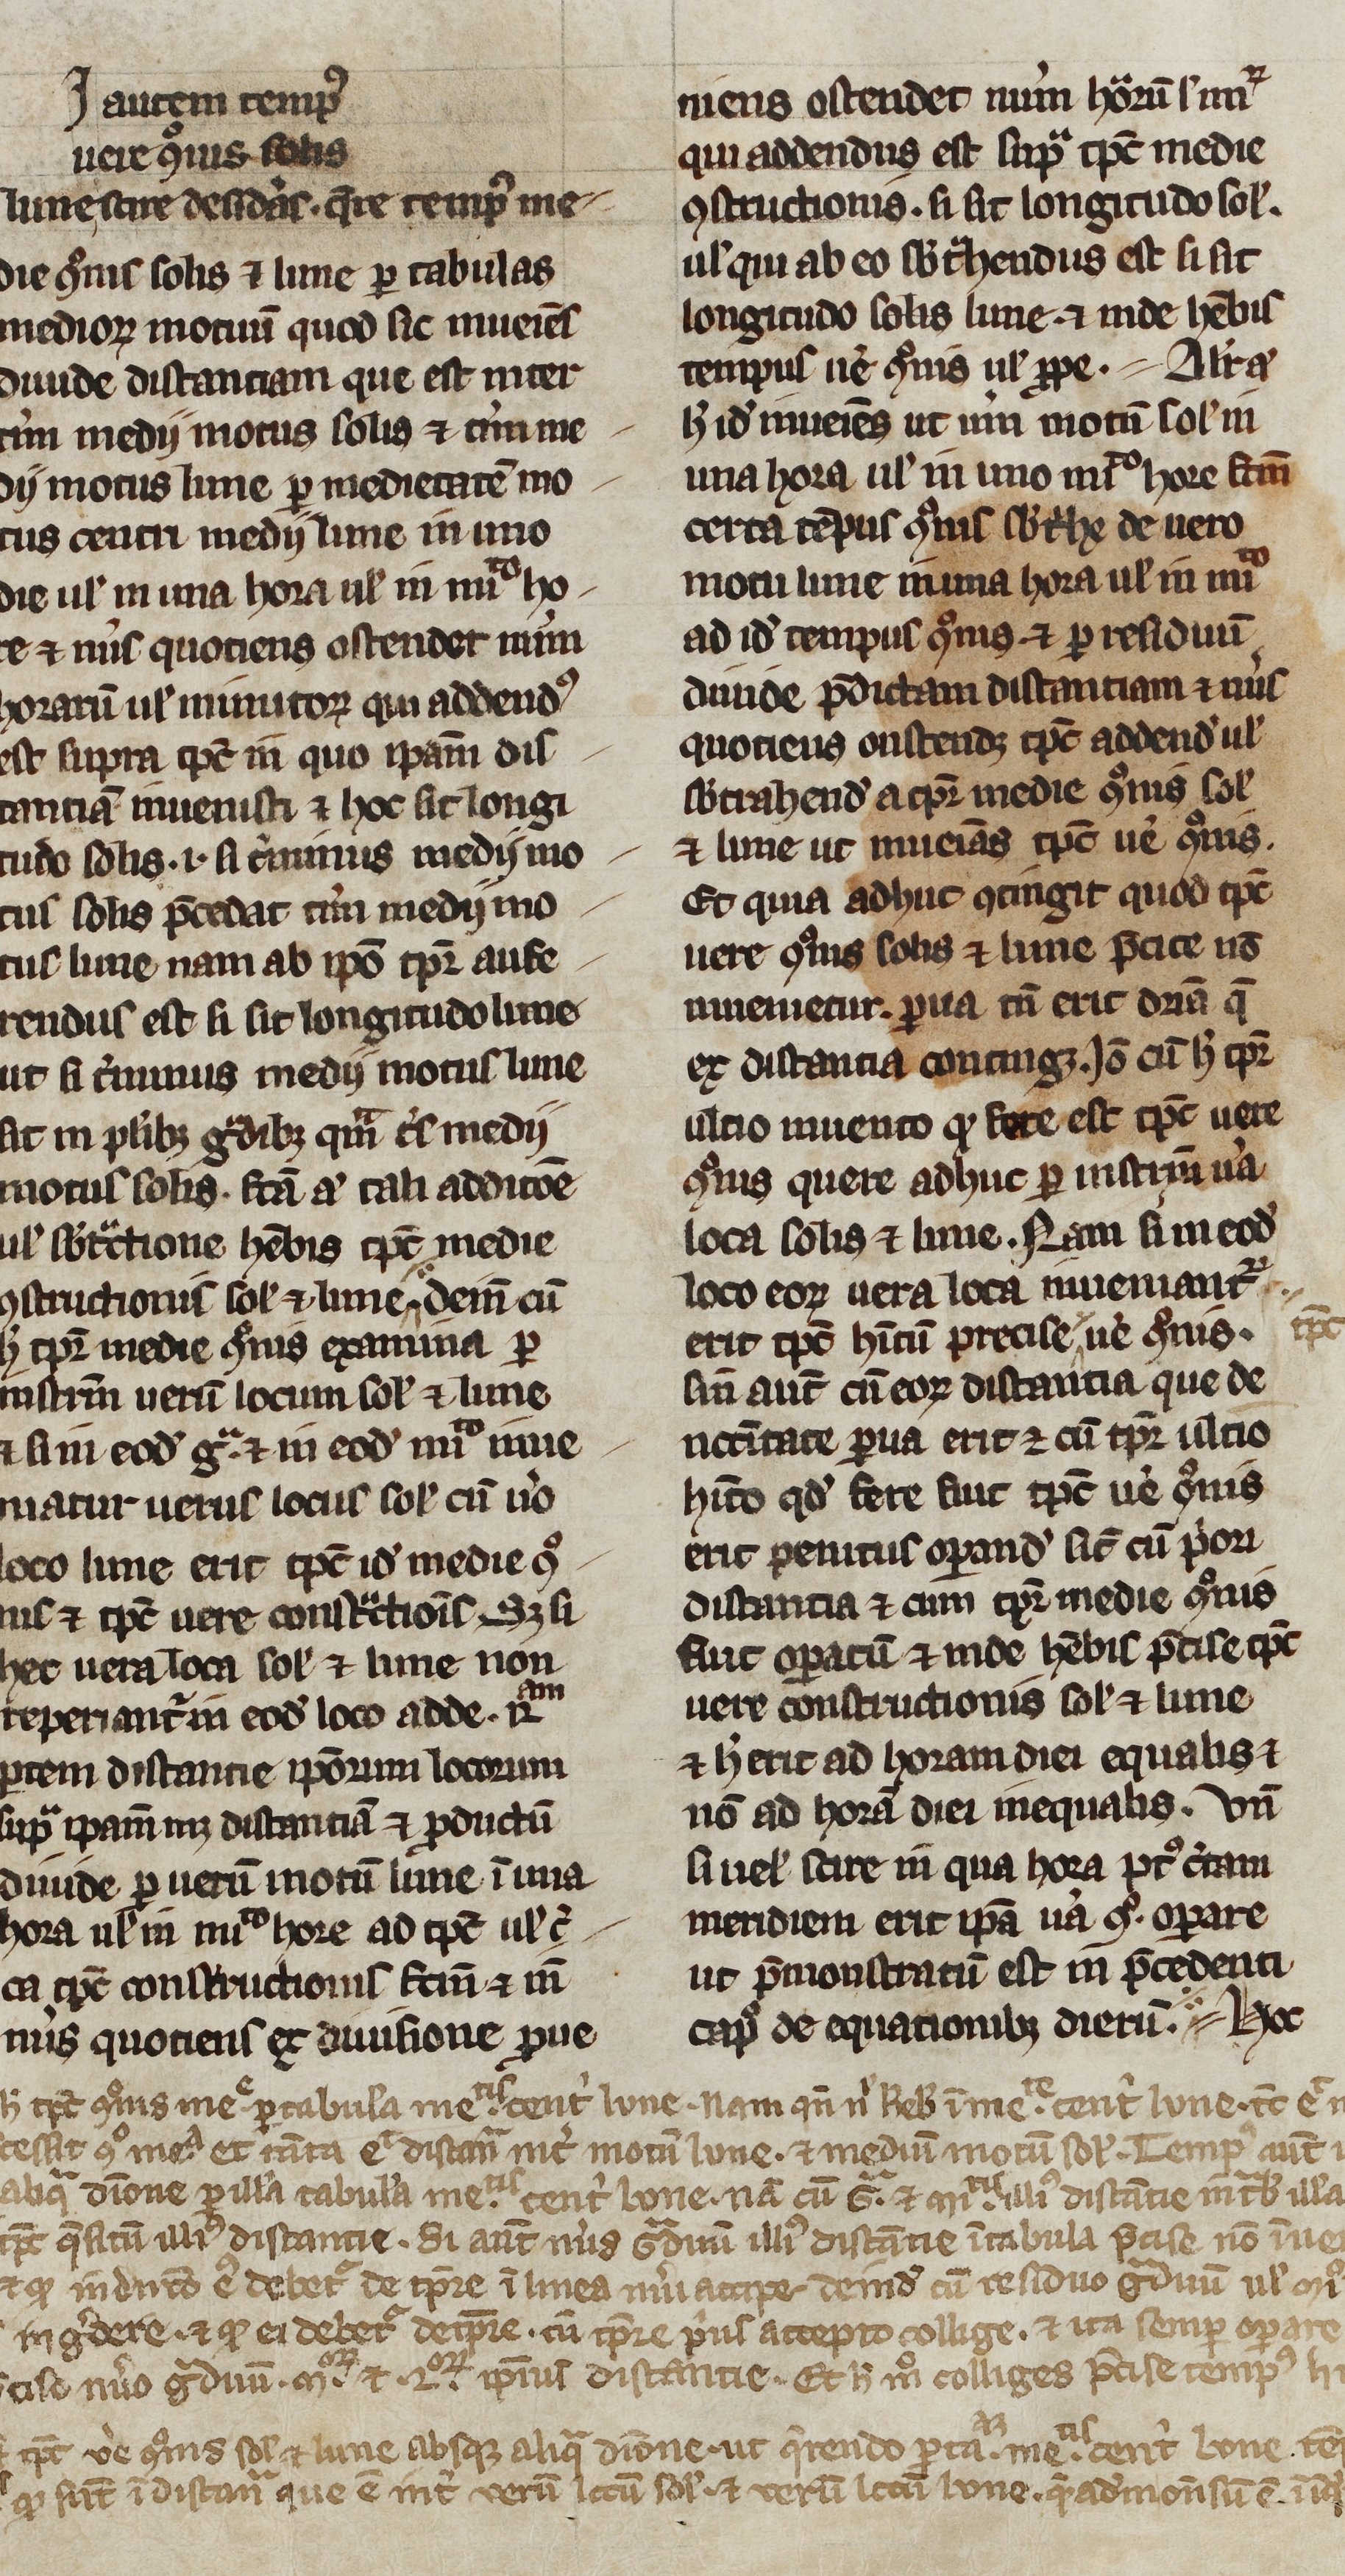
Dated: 1200–1399